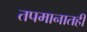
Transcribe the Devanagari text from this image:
तपमानातही